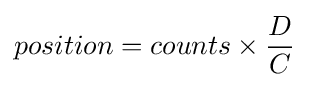
position=counts\times {\frac {D}{C}}